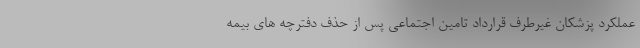
عملکرد پزشکان غیرطرف قرارداد تامین اجتماعی پس از حذف دفترچه های بیمه